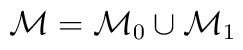
\mathcal{M} = \mathcal{M}_0 \cup \mathcal{M}_1